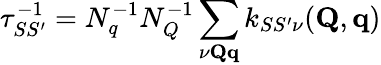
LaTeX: \tau_{SS^{\prime}}^{-1}=N_{q}^{-1}N_{Q}^{-1}\sum_{\nu\mathbf{Q}\mathbf{q}}k_{SS^{\prime}\nu}(\mathbf{Q},\mathbf{q})